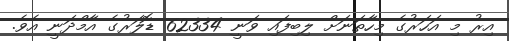
އިރު މި އަހަރުގެ މިހާތަނަށް ލިބިފައި ވަނީ 62334 ޑޮލަރުގެ އާމްދަނީ އެވެ.